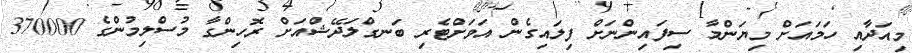
މިއަދާއި ހަމައަށް މިޔަންމާ ސިފައިންނަށް ފިލައިގެން އަވަށްޓެރި ބަނގްލަދޭޝްއަށް ރޮހިންގާ މުސްލިމުންގެ 370000